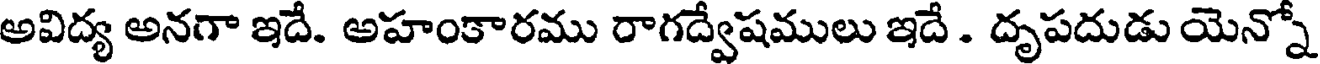
అవిద్య అనగా ఇదే. అహంకారము రాగద్వేషములు ఇదే . దృపదుడు యెన్నో